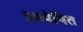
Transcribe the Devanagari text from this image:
अध्येषित